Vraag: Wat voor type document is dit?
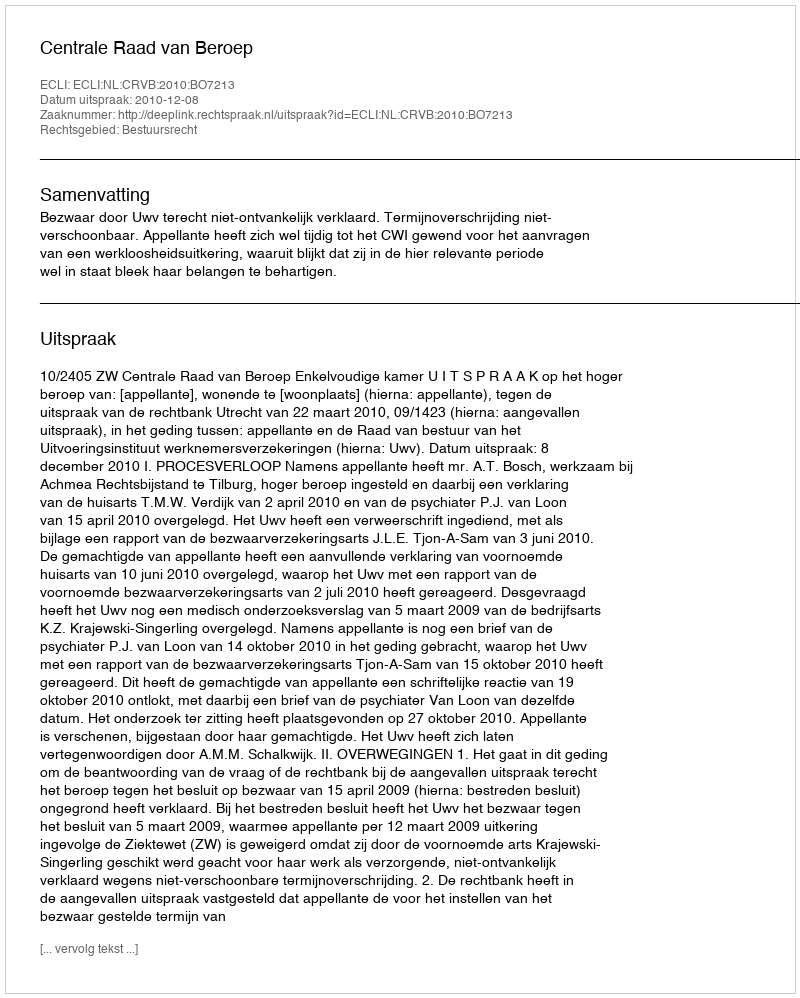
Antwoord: Uitspraak